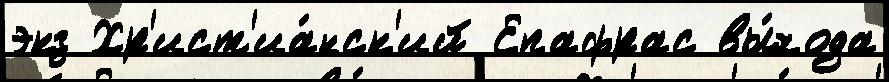
экз Хр'ист'иа́нск'ий Епафрас вы́хода